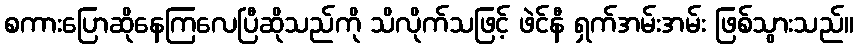
စကားပြောဆိုနေကြလေပြီဆိုသည်ကို သိလိုက်သဖြင့် ဖဲင်နီ ရှက်အမ်းအမ်း ဖြစ်သွားသည်။